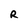
Character: R